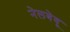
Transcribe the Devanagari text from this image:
नेलबेवू